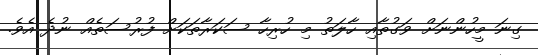
ގިނަ މީހުންނަށް ވަގުތާއި ހާލަތު މި ހުރިހާ ސަކަރާތަކަށް ފުރުސަތެއް ނުދެ އެވެ.